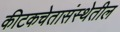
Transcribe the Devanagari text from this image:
कीटकचेतासंस्थेतील